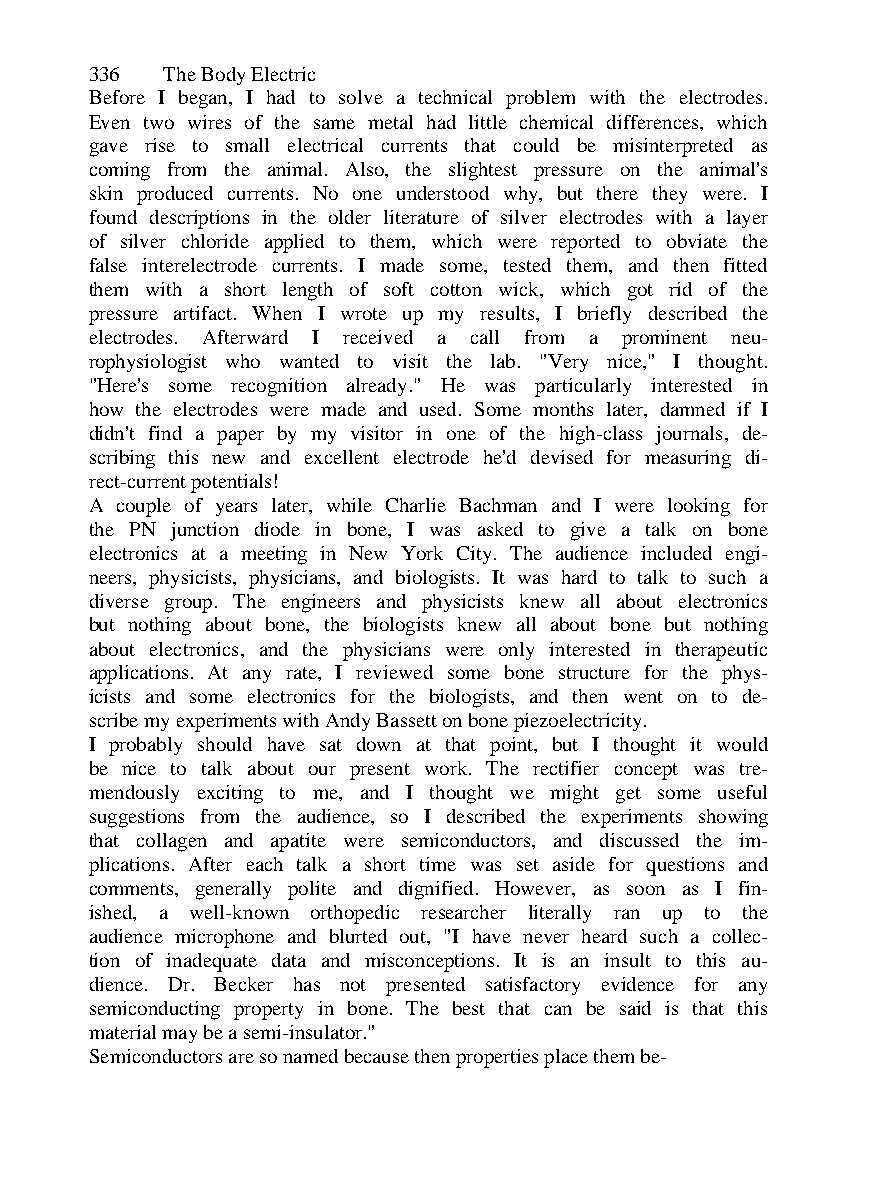
336  The Body Electric
 Before I began, I had to solve a technical problem with the electrodes.
 Even two wires of the same metal had little chemical differences, which
 gave rise to small electrical currents that could be misinterpreted as
 coming from the animal. Also, the slightest pressure on the animal's
 skin produced currents. No one understood why, but there they were. I
 found descriptions in the older literature of silver electrodes with a layer
 of silver chloride applied to them, which were reported to obviate the
 false interelectrode currents. I made some, tested them, and then fitted
 them with a short length of soft cotton wick, which got rid of the
 pressure artifact. When I wrote up my results, I briefly described the
 electrodes. Afterward I received a call from a prominent neu-
 rophysiologist who wanted to visit the lab. "Very nice," I thought.
 "Here's some recognition already." He was particularly interested in
 how the electrodes were made and used. Some months later, damned if I
 didn't find a paper by my visitor in one of the high-class journals, de-
 scribing this new and excellent electrode he'd devised for measuring di-
 rect-current potentials!
 A couple of years later, while Charlie Bachman and I were looking for
 the PN junction diode in bone, I was asked to give a talk on bone
 electronics at a meeting in New York City. The audience included engi-
 neers, physicists, physicians, and biologists. It was hard to talk to such a
 diverse group. The engineers and physicists knew all about electronics
 but nothing about bone, the biologists knew all about bone but nothing
 about electronics, and the physicians were only interested in therapeutic
 applications. At any rate, I reviewed some bone structure for the phys-
 icists and some electronics for the biologists, and then went on to de-
 scribe my experiments with Andy Bassett on bone piezoelectricity.
 I probably should have sat down at that point, but I thought it would
 be nice to talk about our present work. The rectifier concept was tre-
 mendously exciting to me, and I thought we might get some useful
 suggestions from the audience, so I described the experiments showing
 that collagen and apatite were semiconductors, and discussed the im-
 plications. After each talk a short time was set aside for questions and
 comments, generally polite and dignified. However, as soon as I fin-
 ished, a well-known orthopedic researcher literally ran up to the
 audience microphone and blurted out, "I have never heard such a collec-
 tion of inadequate data and misconceptions. It is an insult to this au-
 dience. Dr. Becker has not presented satisfactory evidence for any
 semiconducting property in bone. The best that can be said is that this
 material may be a semi-insulator."
 Semiconductors are so named because then properties place them be-